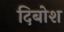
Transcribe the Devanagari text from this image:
दिबोश